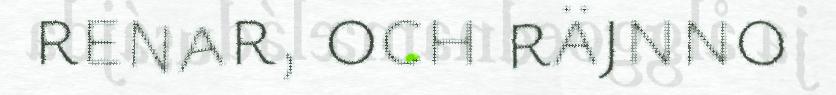
renar, och räjnno